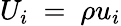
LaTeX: {{U}_{i}}\mathrm{~=~}\rho{{u}_{i}}